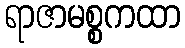
ရာဇာမစ္စကထာ